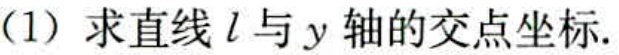
(1) 求直线 \(l\) 与 \(y\) 轴的交点坐标.